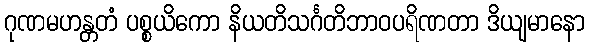
ဂုဏမဟန္တတံ ပစ္စယိကော နိယတိသင်္ဂတိဘာဝပရိဏတာ ဒိယျမာနော